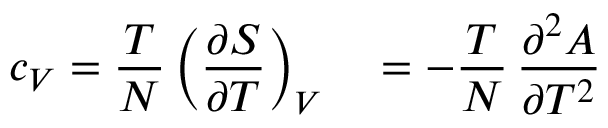
c _ { V } = { \frac { T } { N } } \left( { \frac { \partial S } { \partial T } } \right) _ { V } \quad = - { \frac { T } { N } } \, { \frac { \partial ^ { 2 } A } { \partial T ^ { 2 } } }